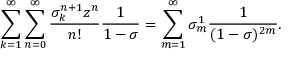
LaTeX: \sum _ { k = 1 } ^ { \infty } \sum _ { n = 0 } ^ { \infty } \frac { \sigma _ { k } ^ { n + 1 } z ^ { n } } { n ! } \frac { 1 } { 1 - \sigma } = \sum _ { m = 1 } ^ { \infty } \sigma _ { m } ^ { 1 } \frac { 1 } { ( 1 - \sigma ) ^ { 2 m } } .